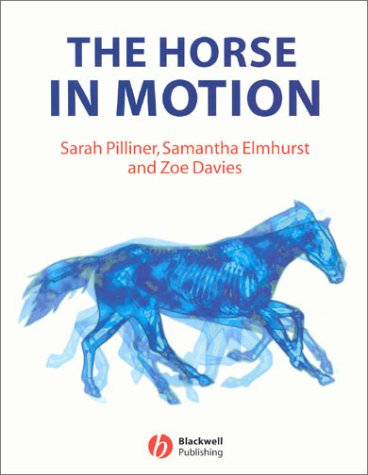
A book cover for The Horse in Motion: The Anatomy and Physiology of Equine Locomotion; Sarah Pilliner; Medical Books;